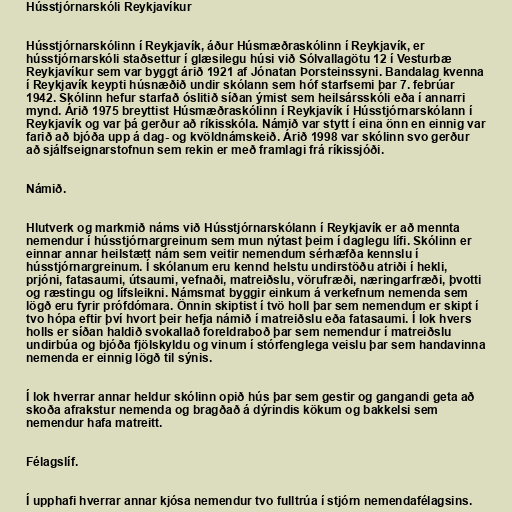
Hússtjórnarskóli Reykjavíkur

Hússtjórnarskólinn í Reykjavík, áður Húsmæðraskólinn í Reykjavík, er
hússtjórnarskóli staðsettur í glæsilegu húsi við Sólvallagötu 12 í Vesturbæ
Reykjavíkur sem var byggt árið 1921 af Jónatan Þorsteinssyni. Bandalag kvenna
í Reykjavík keypti húsnæðið undir skólann sem hóf starfsemi þar 7. febrúar
1942. Skólinn hefur starfað óslitið síðan ýmist sem heilsársskóli eða í annarri
mynd. Árið 1975 breyttist Húsmæðraskólinn í Reykjavík í Hússtjórnarskólann í
Reykjavík og var þá gerður að ríkisskóla. Námið var stytt í eina önn en einnig var
farið að bjóða upp á dag- og kvöldnámskeið. Árið 1998 var skólinn svo gerður
að sjálfseignarstofnun sem rekin er með framlagi frá ríkissjóði.

Námið.

Hlutverk og markmið náms við Hússtjórnarskólann í Reykjavík er að mennta
nemendur í hússtjórnargreinum sem mun nýtast þeim í daglegu lífi. Skólinn er
einnar annar heilstætt nám sem veitir nemendum sérhæfða kennslu í
hússtjórnargreinum. Í skólanum eru kennd helstu undirstöðu atriði í hekli,
prjóni, fatasaumi, útsaumi, vefnaði, matreiðslu, vörufræði, næringarfræði, þvotti
og ræstingu og lífsleikni. Námsmat byggir einkum á verkefnum nemenda sem
lögð eru fyrir prófdómara. Önnin skiptist í tvö holl þar sem nemendum er skipt í
tvo hópa eftir því hvort þeir hefja námið í matreiðslu eða fatasaumi. Í lok hvers
holls er síðan haldið svokallað foreldraboð þar sem nemendur í matreiðslu
undirbúa og bjóða fjölskyldu og vinum í stórfenglega veislu þar sem handavinna
nemenda er einnig lögð til sýnis.

Í lok hverrar annar heldur skólinn opið hús þar sem gestir og gangandi geta að
skoða afrakstur nemenda og bragðað á dýrindis kökum og bakkelsi sem
nemendur hafa matreitt.

Félagslíf.

Í upphafi hverrar annar kjósa nemendur tvo fulltrúa í stjórn nemendafélagsins.